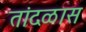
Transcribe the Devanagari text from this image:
तांदळास